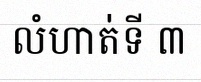
លំហាត់ទី ៣